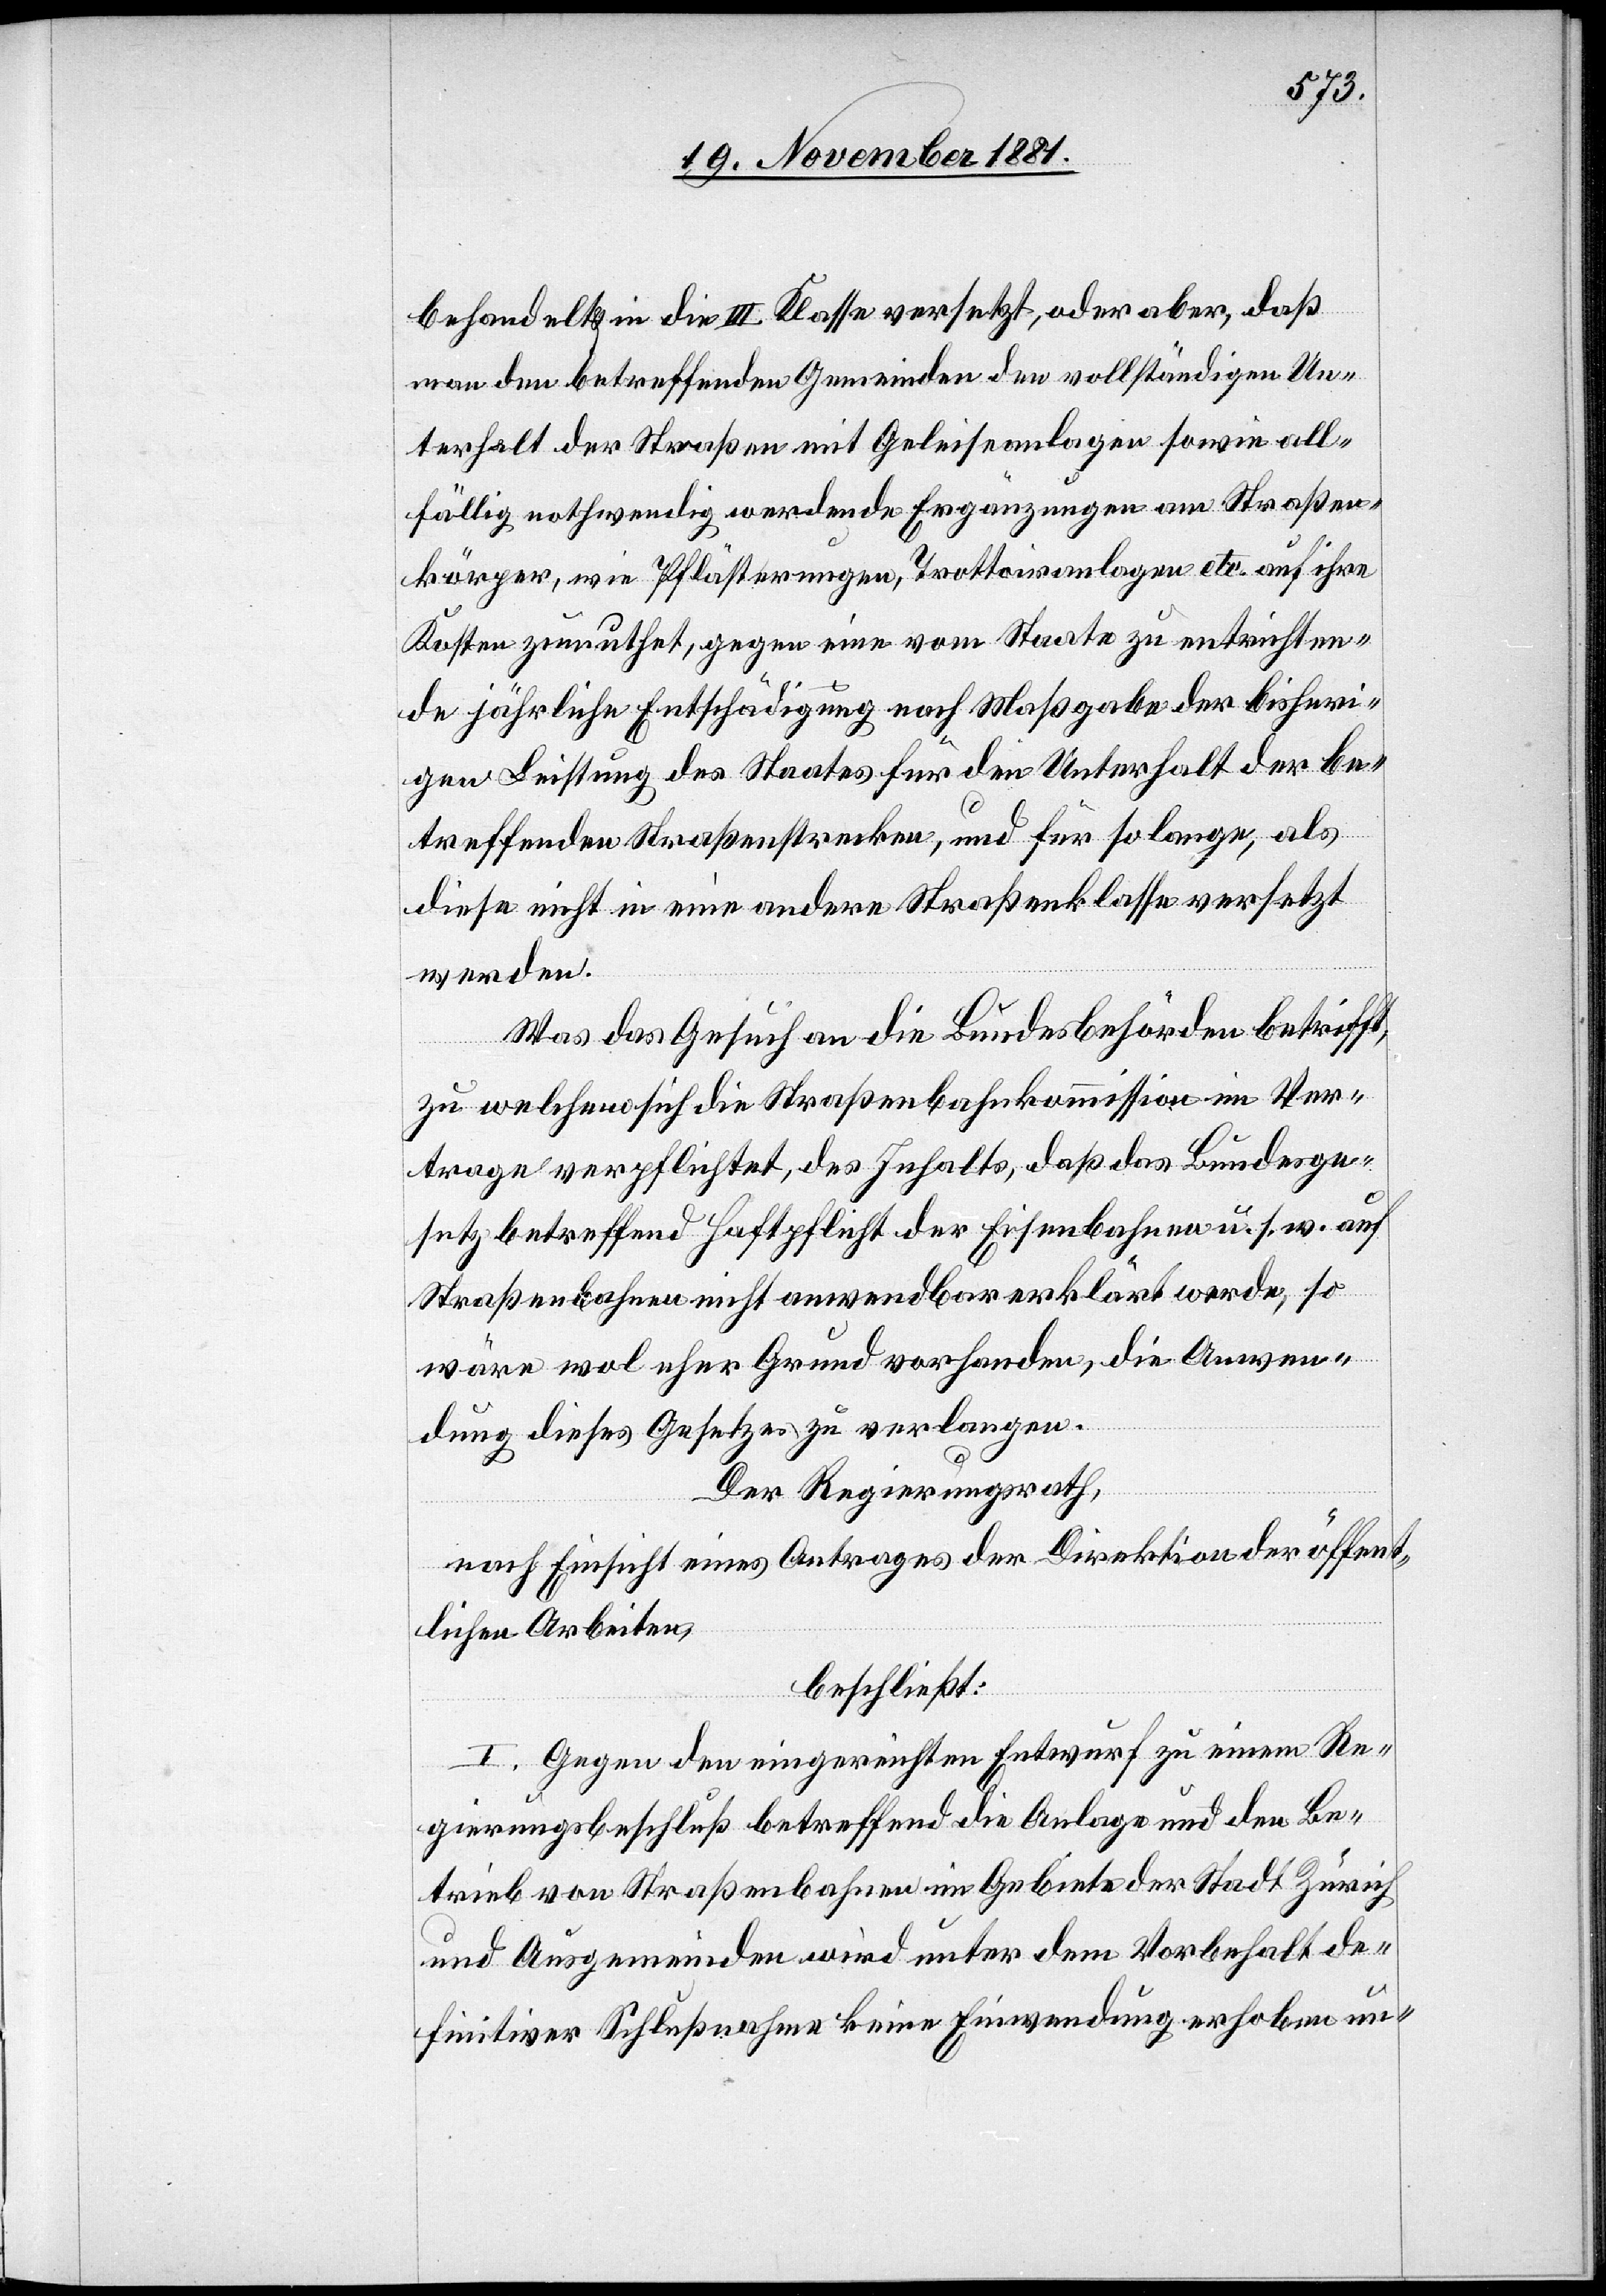
behandelt & in die III. Klasse versetzt, oder aber, daß
man den betreffenden Gemeinden den vollständigen Un¬
terhalt der Straßen mit Geleiseanlagen sowie all¬
fällig nothwendig werdende Ergänzungen an Straßen¬
körper, wie Pflästerungen, Trottoiranlagen etc. auf ihre
Kosten zumuthet, gegen eine vom Staate zu entrichten¬
de jährliche Entschädigung nach Maßgabe der bisheri¬
gen Leistung des Staates für den Unterhalt der be¬
treffenden Straßenstrecken, und für so lange, als
diese nicht in eine andere Straßenklasse versetzt
werden.
Was das Gesuch an die Bundesbehörden betrifft,
zu welchem sich die Straßenbahnkommission im Ver¬
trage verpflichtet, des Inhalts, daß das Bundesge¬
setz betreffend Haftpflicht der Eisenbahnen u. s. w. auf
Straßenbahnen nicht anwendbar erklärt werde, so
wäre wol eher Grund vorhanden, die Anwen¬
dung diese Gesetzes zu verlangen.
Der Regierungsrath,
nach Einsicht eines Antrages der Direktion der öffent¬
lichen Arbeiten,
beschließt:
I. Gegen den eingereichten Entwurf zu einem Re¬
gierungsbeschluß betreffend die Anlage und den Be¬
trieb von Straßenbahnen im Gebiete der Stadt Zürich
und Ausgemeinden wird unter dem Vorbehalt de¬
finitiver Schlußnahme keine Einwendung erhoben un-